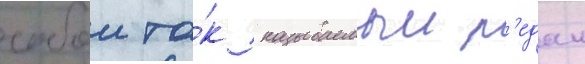
собои та́к называемыи р'едан